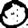
Digit: 0